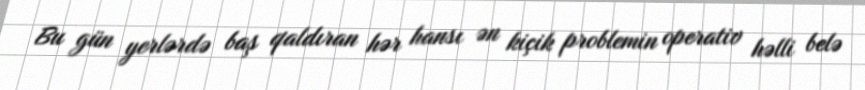
Bu gün yerlərdə baş qaldıran hər hansı ən kiçik problemin operativ həlli belə